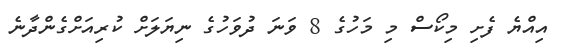
އިއްޔެ ފެށި މިކޯސް މި މަހުގެ 8 ވަނަ ދުވަހުގެ ނިޔަލަށް ކުރިއަށްގެންދާނެ